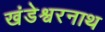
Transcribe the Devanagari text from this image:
खंडेश्वरनाथ